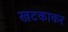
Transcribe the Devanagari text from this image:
खटकाकर